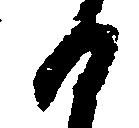
日